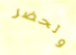
وتحضر